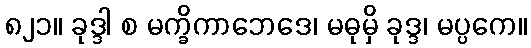
၈၂၁။ ခုဒ္ဒါ စ မက္ခိကာဘေဒေ၊ မဓုမှိ ခုဒ္ဒ၊ မပ္ပကေ။